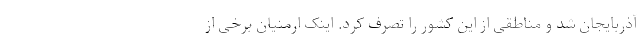
آذربایجان شد و مناطقی از این کشور را تصرف کرد. اینک ارمنیان برخی از